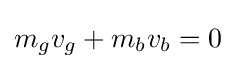
{\displaystyle m_{g}v_{g}+m_{b}v_{b}}=0